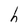
Character: h